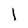
Character: l